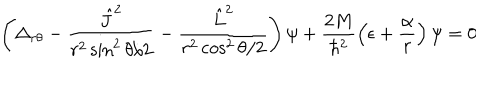
\left( \Delta _ { r \theta } - \frac { { \hat { J } } ^ { 2 } } { r ^ { 2 } \sin ^ { 2 } \theta / 2 } - \frac { { \hat { L } } ^ { 2 } } { r ^ { 2 } \cos ^ { 2 } \theta / 2 } \right) \psi + \frac { 2 M } { \hbar ^ { 2 } } \left( \epsilon + \frac { \alpha } { r } \right) \psi = 0